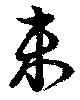
未